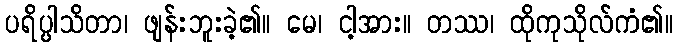
ပရိပ္ပါသိတာ၊ ဖျန်းဘူးခဲ့၏။ မေ၊ ငါ့အား။ တဿ၊ ထိုကုသိုလ်ကံ၏။